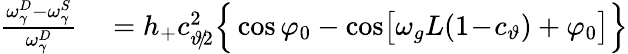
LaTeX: \begin{array}{rl}{\frac{\omega_{\gamma}^{D}-\omega_{\gamma}^{S}}{\omega_{\gamma}^{D}}}&{{}=h_{+}c_{\vartheta\! /\! 2}^{2}\Big\{ \cos\varphi_{0}-\cos\! \big[\omega_{g}L(1\! -\! c_{\vartheta})+\varphi_{0}\big]\Big\} }\end{array}